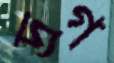
দ্রগ